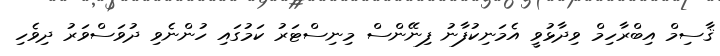
ޤާސިމް އިބްރާހިމް ވިދާޅުވީ އެމަނިކުފާނު ފިނޭންސް މިނިސްޓަރު ކަމުގައި ހުންނެވި ދުވަސްވަރު ދިވެހި